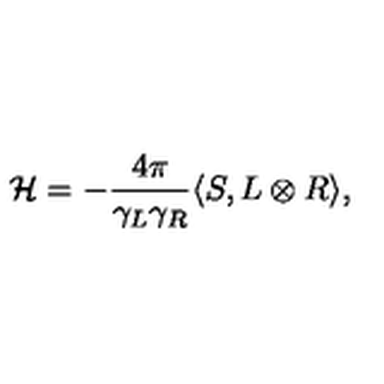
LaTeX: { \cal H } = - { \frac { 4 \pi } { \gamma _ { L } \gamma _ { R } } } \langle S , L \otimes R \rangle ,